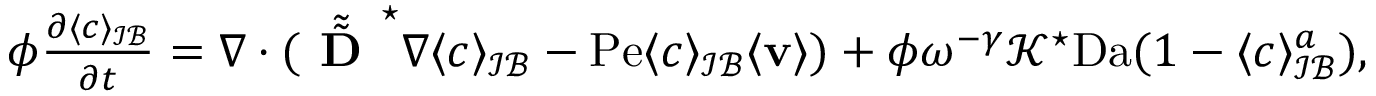
\begin{array} { r l } & { \phi \frac { \partial \langle c \rangle _ { \mathcal { I B } } } { \partial t } = \nabla \cdot ( \tilde { \tilde { \textbf { D } } } ^ { \star } \nabla \langle c \rangle _ { \mathcal { I B } } - \mathrm { P e } \langle c \rangle _ { \mathcal { I B } } \langle \mathbf { v } \rangle ) + \phi \omega ^ { - \gamma } \mathcal { K } ^ { \star } \mathrm { D a } ( 1 - \langle c \rangle _ { \mathcal { I B } } ^ { a } ) , } \end{array}